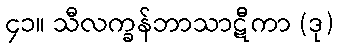
၄၁။ သီလက္ခန်ဘာသာဋီကာ (ဒု)